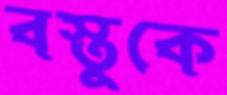
বস্তুকে